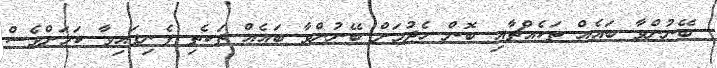
ބޭނުންވާ ބައެއް ތަކެއްޗާއި ބޮން ހެދުމަށް ބޭނުންވާ ބައެއް ތަކެތި ފެނިފައިވާ ކަމަށްވެސް